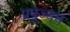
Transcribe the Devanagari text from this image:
प्रपूज्यच